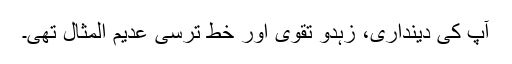
آپ کی دینداری، زُہدو تقویٰ اور خط ترسی عدیم المثال تھی۔